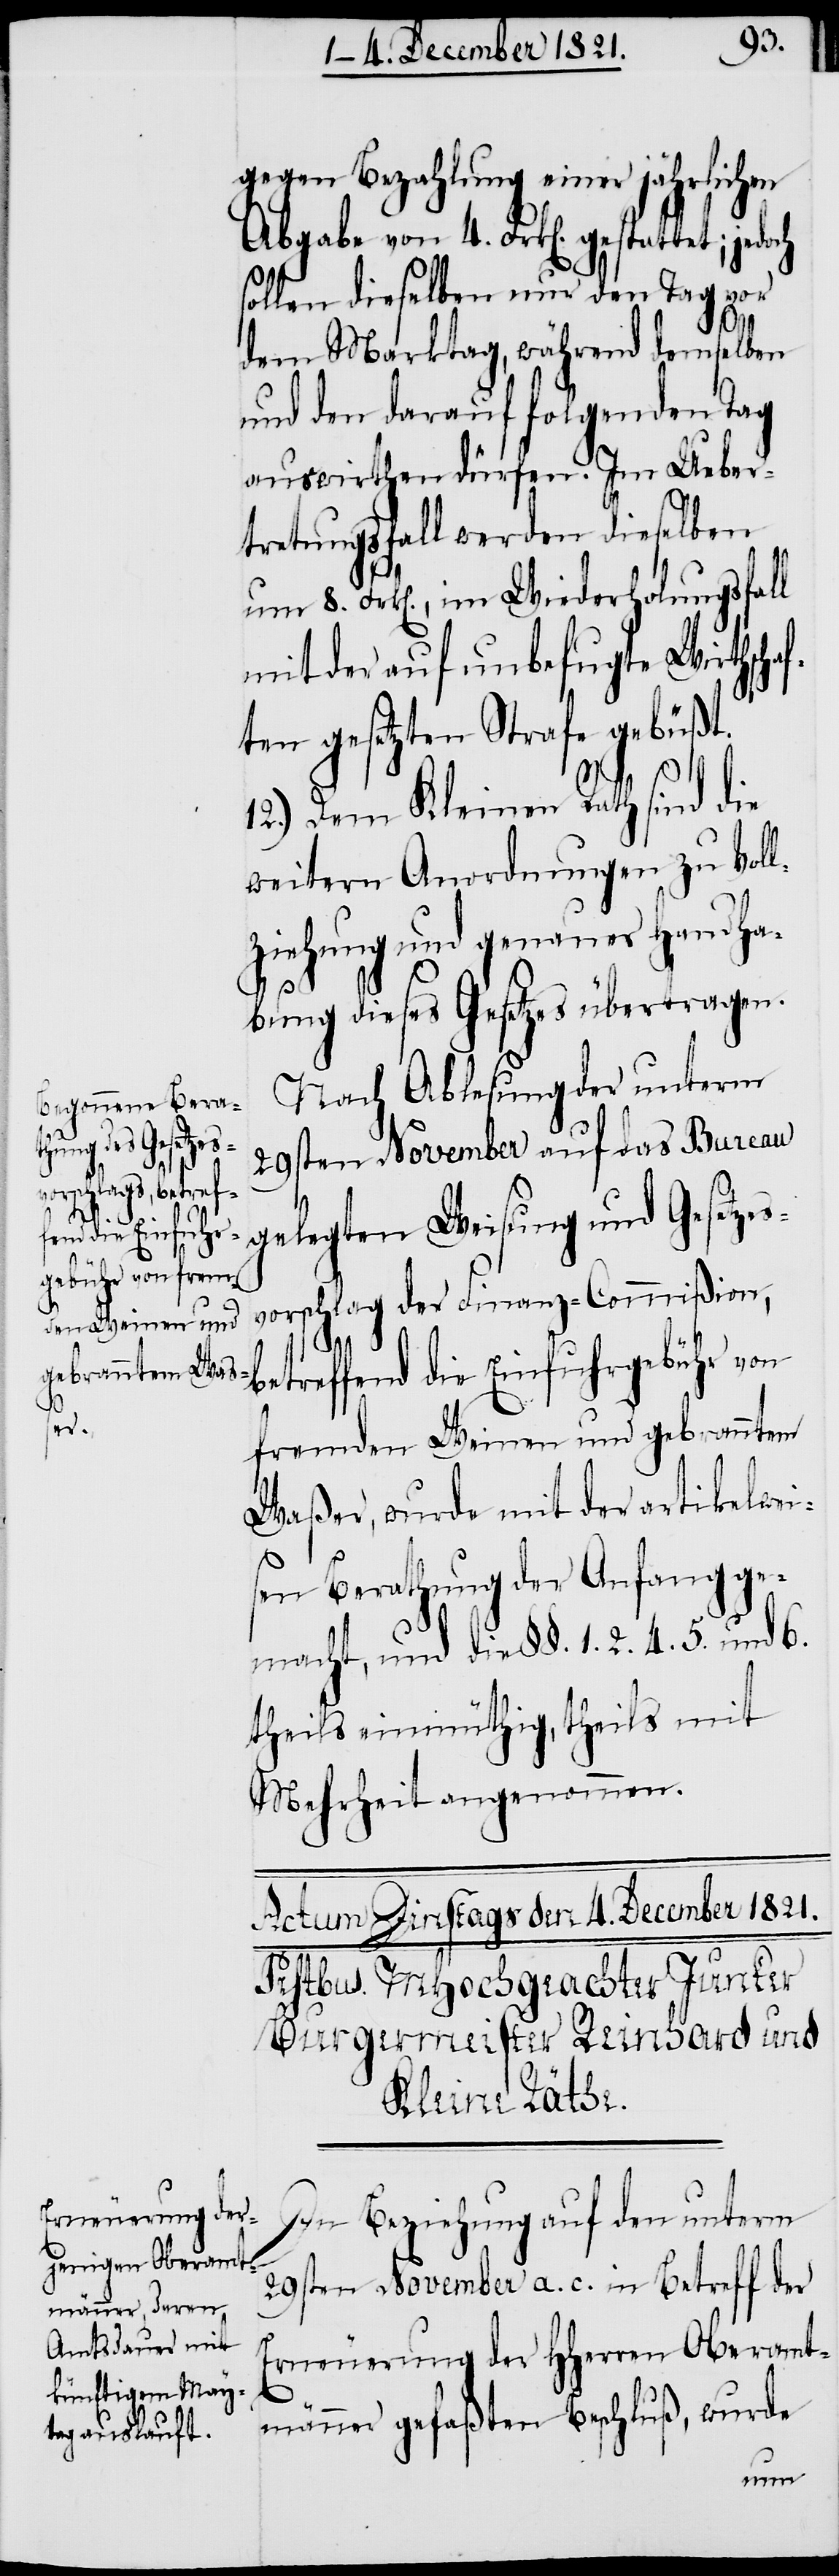
den Weinen und
gebranntem W¬

gegen Bezahlung einer jährlichen
Abgabe von 4. Frk[en]. gesta¬
sollen dieselben nur den Tag vor
dem Markttag, während demselben
und den darauf folgenden Tag
auswirthen dürfen. Im Ueber¬
tretungsfall werden dieselben
um 8. Frk[en]., im Wiederholungsfall
mit der auf unbefugte Wirthscha¬
ften gesetzten Strafe gebüßt.
frem¬
12.) Dem Kleinen Rath sind die
weitern Anordnungen zu Voll¬
ziehung und genauer Handha¬
bung dieses Gesetzes übertragen.
Nach Ablesung der unterm
29sten November auf das Bureau
gelegten Weisung und Gesetzes¬
vorschlag der Finanz-Commißion,
betreffend die Einfuhrgebühr von
aßer, wurde mit der artikelwei¬
sen Berathung der Anfang ge¬
macht, und die §§. 1. 2. 4. 5. und 6.
theils einmüthig, theils mit
Mehrheit angenommen.
In Beziehung auf den unterm
29sten November a. c. in Betreff der
Erneuerung der HHerren Oberamt¬
männer gefaßten Beschluß, wurde